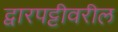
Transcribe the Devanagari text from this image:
द्वारपट्टीवरील